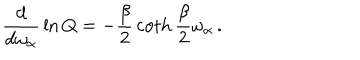
LaTeX: { \frac { d } { d \omega _ { \alpha } } } \ln Q = - { \frac { \beta } { 2 } } \coth { \frac { \beta } { 2 } } \omega _ { \alpha } \, .